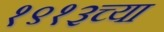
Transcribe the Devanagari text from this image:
१९१३च्या